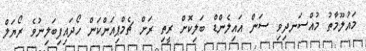
މައުލޫމާތު މުއްސަނދިވި ސަން އައިލެންޑް ބަލިކޮށް ރީތި ރަށް ޗެމްޕިއަންކަން ހޯދައިފިބަލިނުވެ ރޯޔަލް